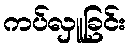
ကပ်လှူခြင်း